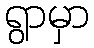
ရွာမှာ